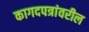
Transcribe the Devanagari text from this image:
कागदपत्रांवरील